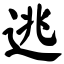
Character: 逃